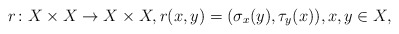
\begin{align*}r\colon X\times X\to X\times X,r(x,y)=(\sigma_x(y),\tau_y(x)),x,y\in X,\end{align*}